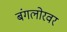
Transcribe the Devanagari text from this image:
बंगलोरवर